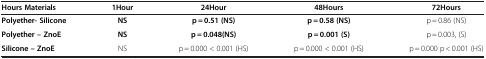
| Hours Materials | 1Hour | 24Hour | 48Hours | 72Hours |
 | --- | --- | --- | --- | --- |
 | Polyether- Silicone | NS | p = 0.51 (NS) | p = 0.58 (NS) | p = 0.86 (NS) |
 | Polyether – ZnoE | NS | p = 0.048(NS) | p = 0.001 (S) | p = 0.003, (S) |
 | Silicone – ZnoE | NS | p = 0.000 < 0.001 (HS) | p = 0.000 < 0.001 (HS) | p = 0.000 p < 0.001 (HS) |